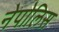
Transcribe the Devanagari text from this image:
नेपोलिस